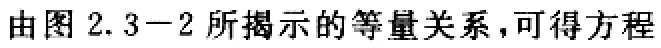
由图 2.3−2 所揭示的等量关系，可得方程